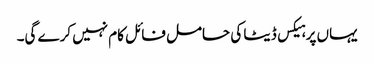
یہاں پر ہیکس ڈیٹا کی حامل فائل کام نہیں کرے گی۔